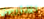
المذؤوبين